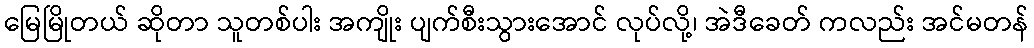
မြေမြိုတယ် ဆိုတာ သူတစ်ပါး အကျိုး ပျက်စီးသွားအောင် လုပ်လို့၊ အဲဒီခေတ် ကလည်း အင်မတန်